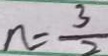
n = \frac { 3 } { 2 }